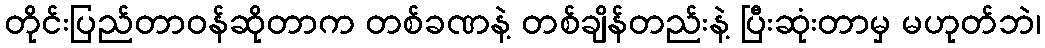
တိုင်းပြည်တာဝန်ဆိုတာက တစ်ခဏနဲ့ တစ်ချိန်တည်းနဲ့ ပြီးဆုံးတာမှ မဟုတ်ဘဲ၊